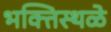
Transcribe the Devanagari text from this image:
भक्तिस्थळे